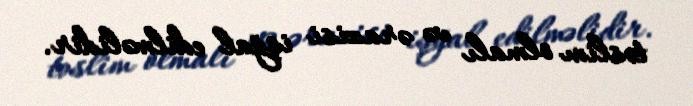
təslim olmalı və ərazisi işğal edilməlidir.